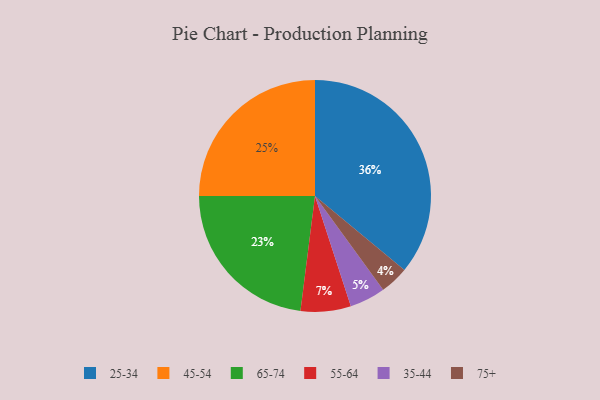
{"axis": {"x": "Category", "y": "Percentage"}, "legend": ["25-34", "35-44", "45-54", "55-64", "65-74", "75+"], "data": [{"x": "75+", "y": 4, "type": "75+"}, {"x": "55-64", "y": 7, "type": "55-64"}, {"x": "25-34", "y": 36, "type": "25-34"}, {"x": "45-54", "y": 25, "type": "45-54"}, {"x": "35-44", "y": 5, "type": "35-44"}, {"x": "65-74", "y": 23, "type": "65-74"}]}